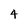
Character: 4